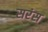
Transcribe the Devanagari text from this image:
सरंस